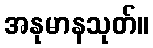
အနုမာနသုတ်။